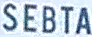
SEBTA